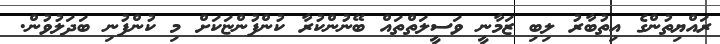
ރައްޔިތުންގެ އިތުބާރު ލިބި ޒަމާނީ ވަސީލަތްތައް ބޭނުންކުރާ ކުންފުންޏަކަށް މި ކުންފުނި ބަަދަލުވުން.